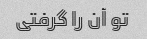
تو آن را گرفتی